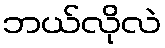
ဘယ်လိုလဲ